Indian Medical Review
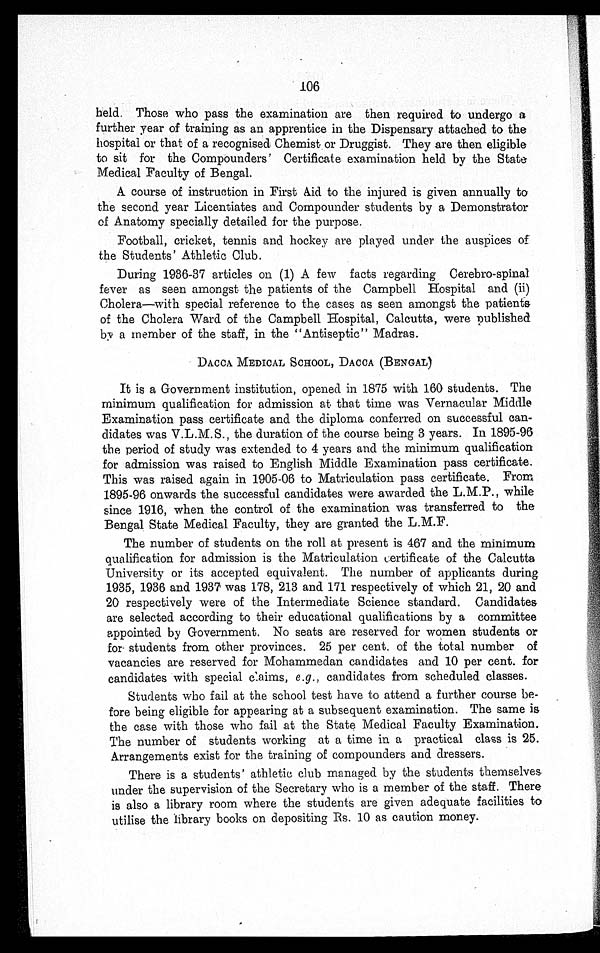
106
held. Those who pass the examination are then required to undergo a
further year of training as an apprentice in the Dispensary attached to the
hospital or that of a recognised Chemist or Druggist. They are then eligible
to sit for the Compounders' Certificate examination held by the State
Medical Faculty of Bengal.
A course of instruction in First Aid to the injured is given annually to
the second year Licentiates and Compounder students by a Demonstrator
of Anatomy specially detailed for the purpose.
Football, cricket, tennis and hockey are played under the auspices of
the Students' Athletic Club.
During 1936-37 articles on (1) A few facts regarding Cerebro-spinal
fever as seen amongst the patients of the Campbell Hospital and (ii)
Cholera—with special reference to the cases as seen amongst the patients
of the Cholera Ward of the Campbell Hospital, Calcutta, were published
by a member of the staff, in the "Antiseptic" Madras.
DACCA MEDICAL SCHOOL, DACCA (BENGAL)
It is a Government institution, opened in 1875 with 160 students. The
minimum qualification for admission at that time was Vernacular Middle
Examination pass certificate and the diploma conferred on successful can-
didates was V.L.M.S., the duration of the course being 3 years. In 1895-96
the period of study was extended to 4 years and the minimum qualification
for admission was raised to English Middle Examination pass certificate.
This was raised again in 1905–06 to Matriculation pass certificate. From
1895–96 onwards the successful candidates were awarded the L.M.P., while
since 1916, when the control of the examination was transferred to the
Bengal State Medical Faculty, they are granted the L.M.F.
The number of students on the roll at present is 467 and the minimum
qualification for admission is the Matriculation certificate of the Calcutta
University or its accepted equivalent. The number of applicants during
1935, 1936 and 1937 was 178, 213 and 171 respectively of which 21, 20 and
20 respectively were of the Intermediate Science standard. Candidates
are selected according to their educational qualifications by a committee
appointed by Government. No seats are reserved for women students or
for students from other provinces. 25 per cent. of the total number of
vacancies are reserved for Mohammedan candidates and 10 per cent. for
candidates with special claims, e.g. , candidates from scheduled classes.
Students who fail at the school test have to attend a further course be-
fore being eligible for appearing at a subsequent examination. The same is
the case with those who fail at the State Medical Faculty Examination.
The number of students working at a time in a practical class is 25.
Arrangements exist for the training of compounders and dressers.
There is a students' athletic club managed by the students themselves.
under the supervision of the Secretary who is a member of the staff. There
is also a library room where the students are given adequate facilities to
utilise the library books on depositing Rs. 10 as caution money.